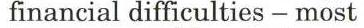
financial difficulties - most